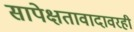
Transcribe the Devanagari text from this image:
सापेक्षतावादावरही